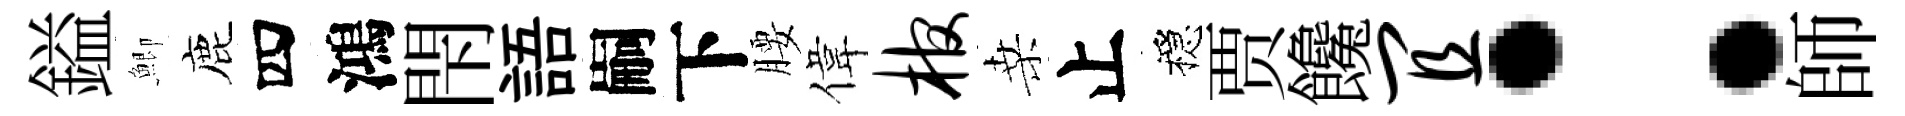
鎰鯽鹿四鴻閇語嗣下腰偉棺桑止穩贾饞宜：師